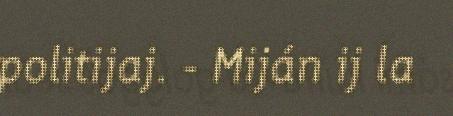
politijaj. - Miján ij la